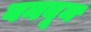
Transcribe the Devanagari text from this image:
बनबून